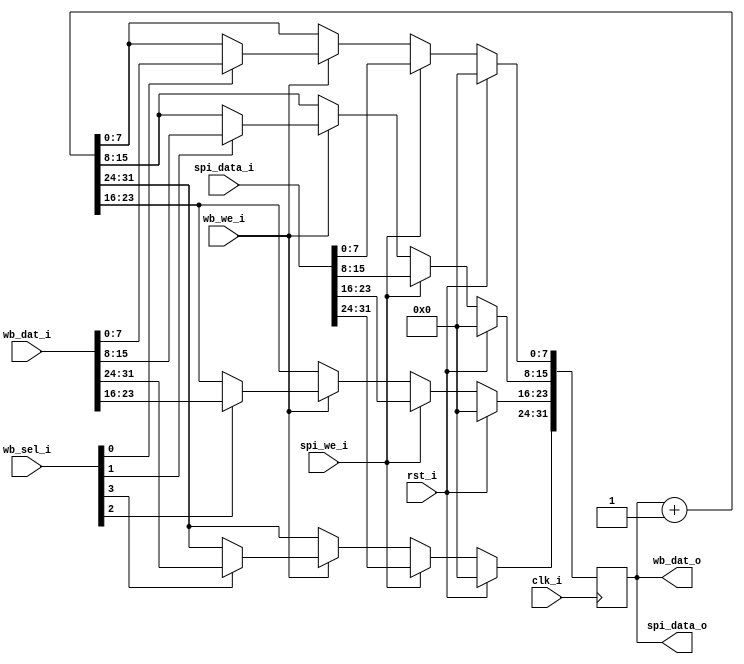
`default_nettype none

module wishbone_test (
    input clk_i,
    input rst_i,
    input wb_we_i,
    input [3:0] wb_sel_i,
    input [31:0] wb_dat_i,
    output [31:0] wb_dat_o,

    input spi_we_i,
    input [31:0] spi_data_i,
    output [31:0] spi_data_o
);
    reg [31:0] counter_val;

    // Everything occurs on rising edges
    always @(posedge clk_i) begin
        if (rst_i) begin
            // Synchronous reset state
            counter_val <= 0;
        end else begin
            // Default behavior (count up)
            counter_val <= counter_val + 1;

            if (wb_we_i) begin
                // Decode address here if needed.
                // Write the correct bits based on sel
                if (wb_sel_i[3])
                    counter_val[31:24] <= wb_dat_i[31:24];
                if (wb_sel_i[2])
                    counter_val[23:16] <= wb_dat_i[23:16];
                if (wb_sel_i[1])
                    counter_val[15:8] <= wb_dat_i[15:8];
                if (wb_sel_i[0])
                    counter_val[7:0] <= wb_dat_i[7:0];
            end
            // SPI writing takes precedence
            if (spi_we_i) begin
                // Decode address here if needed, write to internal reg
                counter_val <= spi_data_i;
            end
        end
    end

    assign wb_dat_o = counter_val;
    assign spi_data_o = counter_val;
    // https://cdn.opencores.org/downloads/wbspec_b4.pdf, page 106
endmodule

`default_nettype wire